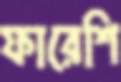
ফারেশি